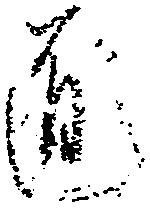
道